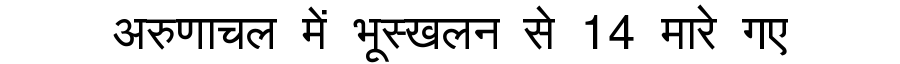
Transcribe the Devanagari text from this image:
अरुणाचल में भूस्खलन से 14 मारे गए